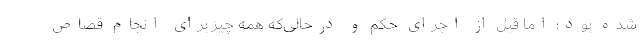
شده بود؛ اما قبل از اجرای حکم و در‌حالی‌که همه‌ چیز برای انجام قصاص